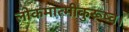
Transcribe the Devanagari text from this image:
लोकमात्मीकुरूष्व।